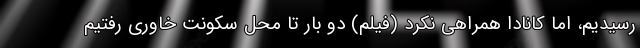
رسیدیم، اما کانادا همراهی نکرد (فیلم) دو بار تا محل سکونت خاوری رفتیم